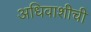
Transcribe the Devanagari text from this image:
अधिवाशीची